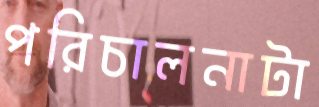
পরিচালনাটা